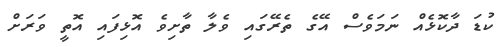
ކުޑަ ދާކޮޅެއް ނަމަވެސް އޭގެ ތެރޭގައި ވެލާ ތާށިވެ އޮޅިފައި އޮތީ ވަރަށް